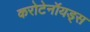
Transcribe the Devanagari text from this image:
करोटेनॉयड्स